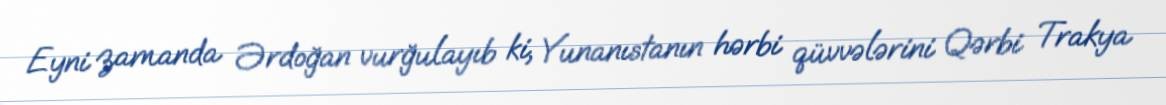
Eyni zamanda Ərdoğan vurğulayıb ki, Yunanıstanın hərbi qüvvələrini Qərbi Trakya